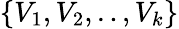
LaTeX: \{ V_{1},V_{2},..,V_{k}\}